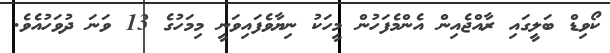
ކޯވިޑް ބަލީގައި ރާއްޖެއިން އެންމެފަހުން މީހަކު ނިޔާވެފައިވަނީ މިމަހުގެ 13 ވަނަ ދުވަހުއެވެ.